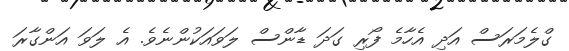
ގްލެމަރަސް އަދި އެހާމެ ފޯރި ގަދަ ޑާންސް ލަވައަކުންނެވެ. އެ ލަވަ އަންގާރަ